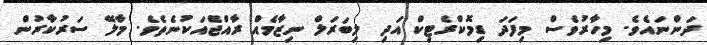
ދަންނައެވެ. މިހާރުވެސް މިފަދަ ޑިމޮކްރެޓިކް އަދި ލިބަރަލް ނިޒާމެއް ރާއްޖެއަކުނެތެވެ. މާލޭ ސަރުކާރުން